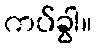
ကပ်ခွါ။